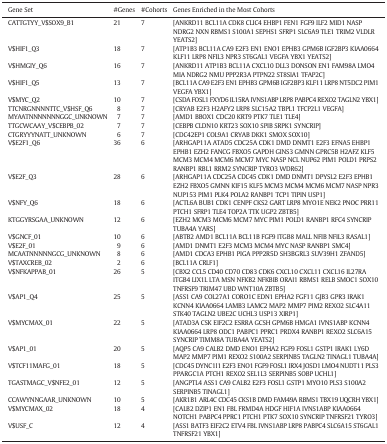
<table><thead><tr><td><b>Gene Set</b></td><td><b>#Genes</b></td><td><b>#Cohorts</b></td><td><b>Genes Enriched in the Most Cohorts</b></td></tr></thead><tbody><tr><td>CATTGTYY_V$SOX9_B1</td><td>21</td><td>7</td><td>[ANKRD11 BCL11A CDK8 CLIC4 EHBP1 FEN1 FGF9 ILF2 MID1 NASP NDRG2 NXN RBMS1 S100A1 SEPHS1 SFRP1 SLC6A9 TLE1 TRIM2 VLDLR YEATS2]</td></tr><tr><td>V$HIF1_Q3</td><td>18</td><td>7</td><td>[ATP1B3 BCL11A CA9 E2F3 EN1 ENO1 EPHB3 GPM6B IGF2BP3 KIAA0664 KLF11 LRP8 NFIL3 NPR3 ST6GAL1 VEGFA YBX1 YEATS2]</td></tr><tr><td>V$HMGIY_Q6</td><td>16</td><td>7</td><td>[ANKRD11 ATP1B3 BCL11A CXCL10 DLL3 DONSON EN1 FAM98A LMO4 MIA NDRG2 NMU PPP2R3A PTPN22 ST8SIA1 TFAP2C]</td></tr><tr><td>V$HIF1_Q5</td><td>13</td><td>7</td><td>[BCL11A CA9 E2F3 EN1 EPHB3 GPM6B IGF2BP3 KLF11 LRP8 NT5DC2 PIM1 VEGFA YBX1]</td></tr><tr><td>V$MYC_Q2</td><td>10</td><td>7</td><td>[CSDA FOSL1 FXYD6 IL15RA IVNS1ABP LRP8 PABPC4 REXO2 TAGLN2 YBX1]</td></tr><tr><td>TTCNRGNNNNTTC_V$HSF_Q6</td><td>8</td><td>7</td><td>[CRYAB E2F3 H2AFY2 LRP8 SLC15A2 TBPL1 TFCP2L1 VEGFA]</td></tr><tr><td>MYAATNNNNNNNGGC_UNKNOWN</td><td>7</td><td>7</td><td>[AMD1 BBOX1 CDC20 KRT9 PTK7 TLE1 TLE4]</td></tr><tr><td>TTGCWCAAY_V$CEBPB_02</td><td>7</td><td>7</td><td>[CEBPB CLDN10 KRT23 SOX10 SPIB SRPK1 SYNCRIP]</td></tr><tr><td>CTGRYYYNATT_UNKNOWN</td><td>6</td><td>7</td><td>[CDC42EP1 COL9A1 CRYAB DKK1 SMOX SOX10]</td></tr><tr><td>V$E2F1_Q6</td><td>36</td><td>6</td><td>[ARHGAP11A ATAD5 CDC25A CDK1 DMD DNMT1 E2F3 EFNA5 EHBP1 EPHB1 EZH2 FANCG FBXO5 GAPDH GINS3 GMNN GPRC5B H2AFZ KLF5 MCM3 MCM4 MCM6 MCM7 MYC NASP NCL NUP62 PIM1 POLD1 PRPS2 RANBP1 RBL1 RRM2 SYNCRIP TYRO3 WDR62]</td></tr><tr><td>V$E2F_Q3</td><td>28</td><td>6</td><td>[ARHGAP11A CDC25A CDC45 CDK1 DMD DNMT1 DPYSL2 E2F3 EPHB1 EZH2 FBXO5 GMNN KIF15 KLF5 MCM3 MCM4 MCM6 MCM7 NASP NPR3 NUP153 PIM1 PLK4 POLA2 RANBP1 TCP1 TIPIN USP1]</td></tr><tr><td>V$NFY_Q6</td><td>18</td><td>6</td><td>[ACTL6A BUB1 CDK1 CENPF CKS2 GART LRP8 MYO1E NEK2 PNOC PRR11 PTCH1 SFRP1 TLE4 TOP2A TTK UGP2 ZBTB5]</td></tr><tr><td>KTGGYRSGAA_UNKNOWN</td><td>12</td><td>6</td><td>[EZH2 MCM3 MCM6 MCM7 MYC PIM1 POLD1 RANBP1 RFC4 SYNCRIP TUBA4A YARS]</td></tr><tr><td>V$GNCF_01</td><td>10</td><td>6</td><td>[ABTB2 AMD1 BCL11A BCL11B FGF9 ITGB8 MALL NFIB NFIL3 RASAL1]</td></tr><tr><td>V$E2F_01</td><td>9</td><td>6</td><td>[AMD1 DNMT1 E2F3 MCM3 MCM4 MYC NASP RANBP1 SMC4]</td></tr><tr><td>MCAATNNNNNGCG_UNKNOWN</td><td>8</td><td>6</td><td>[AMD1 CDCA3 EPHB1 PIGA PPP2R5D SH3BGRL3 SUV39H1 ZFAND5]</td></tr><tr><td>V$TAXCREB_02</td><td>2</td><td>6</td><td>[BCL11A CRLF1]</td></tr><tr><td>V$NFKAPPAB_01</td><td>26</td><td>5</td><td>[CBX2 CCL5 CD40 CD70 CD83 CDK6 CXCL10 CXCL11 CXCL16 IL27RA ITGB4 LIX1L LTA MSN NFKB2 NFKBIB ORAI1 RBMS1 RELB SMOC1 SOX10 TNFRSF9 TRIM47 UBD WNT10A ZBTB5]</td></tr><tr><td>V$AP1_Q4</td><td>25</td><td>5</td><td>[ASS1 CA9 COL27A1 CORO1C EDN1 EPHA2 FGF11 GJB3 GPR3 IRAK1 KCNN4 KIAA0664 LAMB3 LAMC2 MAP2 MMP7 PIM2 REXO2 SLC4A11 STK40 TAGLN2 UBE2C UCHL3 USP13 XIRP1]</td></tr><tr><td>V$MYCMAX_01</td><td>22</td><td>5</td><td>[ATAD3A CSK EIF2C2 ESRRA GCSH GPM6B HMGA1 IVNS1ABP KCNN4 KIAA0664 LRP8 ODC1 PABPC1 PPRC1 PRDX4 RANBP1 REXO2 SLC6A15 SYNCRIP TIMM8A TUBA4A YEATS2]</td></tr><tr><td>V$AP1_01</td><td>20</td><td>5</td><td>[AQP5 CA9 CALB2 DMD ENO1 EPHA2 FGF9 FOSL1 GSTP1 IRAK1 LY6D MAP2 MMP7 PIM1 REXO2 S100A2 SERPINB5 TAGLN2 TINAGL1 TUBA4A]</td></tr><tr><td>V$TCF11MAFG_01</td><td>18</td><td>5</td><td>[CDC45 DYNC1I1 E2F3 ENO1 FGF9 FOSL1 IRX4 JOSD1 LMO4 NUDT11 PLS3 PPARGC1A PTCH1 REXO2 SEL1L3 SERPINB5 SOBP UCHL1]</td></tr><tr><td>TGASTMAGC_V$NFE2_01</td><td>12</td><td>5</td><td>[ANGPTL4 ASS1 CA9 CALB2 E2F3 FOSL1 GSTP1 MYO10 PLS3 S100A2 SERPINB5 TINAGL1]</td></tr><tr><td>CCAWYNNGAAR_UNKNOWN</td><td>10</td><td>5</td><td>[AKR1B1 ARL4C CDC45 CKS1B DMD FAM49A RBMS1 TBX19 UQCRH YBX1]</td></tr><tr><td>V$MYCMAX_02</td><td>18</td><td>4</td><td>[CALB2 DZIP1 EN1 FBL FRMD4A HDGF HIF1A IVNS1ABP KIAA0664 NOTCH1 PABPC4 PPRC1 PTCH1 PTK7 SOX10 SYNCRIP TNFRSF21 TYRO3]</td></tr><tr><td>V$USF_C</td><td>12</td><td>4</td><td>[ASS1 BATF3 EIF2C2 ETV4 FBL IVNS1ABP LRP8 PABPC4 SLC6A15 ST6GAL1 TNFRSF21 YBX1]</td></tr></tbody></table>